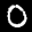
Label: 0